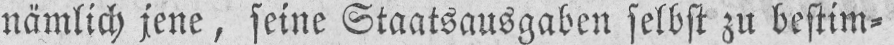
nämlich jene, seine Staatsausgaben selbst zu bestim⸗